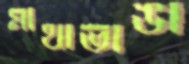
মাথাভাঙা